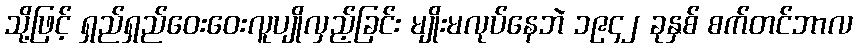
သို့ဖြင့် ရှည်ရှည်ဝေးဝေးလူပျိုလှည့်ခြင်း မျိုးမလုပ်နေဘဲ ၁၉၄၂ ခုနှစ် စက်တင်ဘာလ